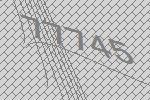
77745